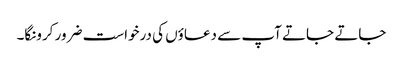
جاتے جاتے آپ سے دعاؤں کی درخواست ضرور کرونگا۔